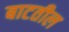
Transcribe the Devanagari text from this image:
बाटतील